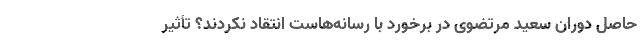
حاصل دوران سعید مرتضوی در برخورد با رسانه‌هاست انتقاد نکردند؟ تأثیر